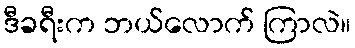
ဒီခရီးက ဘယ်လောက် ကြာလဲ။